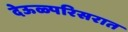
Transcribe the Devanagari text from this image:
देऊळ्परिसरात